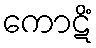
ကောဋိံ